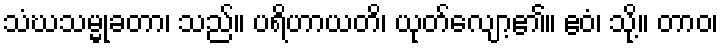
သံဃသမ္မုခတာ၊ သည်။ ပရိဟာယတိ၊ ယုတ်လျော့၏။ ဧဝံ၊ သို့။ တာဝ၊